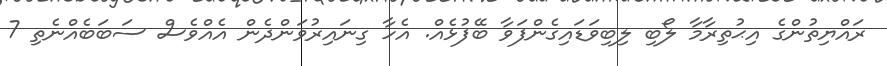
ރައްޔިތުންގެ އިޙުތިރާމާ ލޯބި ލިބިވަޑައިގެންފަވާ ބޭފުޅެއް. އެހާ ގިނައިރުވަންދެން އެއްވެސް ސަބަބެއްނެތި 7